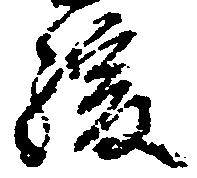
緩